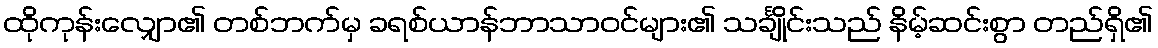
ထိုကုန်းလျှော၏ တစ်ဘက်မှ ခရစ်ယာန်ဘာသာဝင်များ၏ သင်္ချိုင်းသည် နိမ့်ဆင်းစွာ တည်ရှိ၏